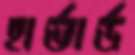
হার্ভার্ড